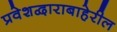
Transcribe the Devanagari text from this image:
प्रवेशद्वाराबाहेरील